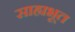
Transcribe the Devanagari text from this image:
साह्यभूत